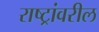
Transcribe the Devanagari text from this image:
राष्ट्रांवरील